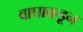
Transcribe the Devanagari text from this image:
वाघाकडून